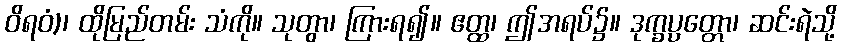
ဝိရဝံ)၊ ထိုမြည်တမ်း သံကို။ သုတွာ၊ ကြားရ၍။ ဧတ္ထ၊ ဤအရပ်၌။ ဒုက္ခပ္ပတ္တော၊ ဆင်းရဲသို့